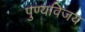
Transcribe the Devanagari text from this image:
पुण्यविजय